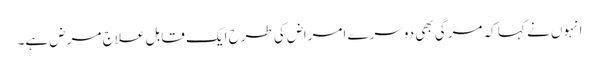
انہوں نے کہا کہ مرگی بھی دوسرے امراض کی طرح ایک قابل علاج مرض ہے۔